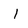
Character: 1